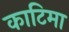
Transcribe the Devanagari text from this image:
काटिमा